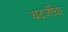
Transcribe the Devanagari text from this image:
चटर्जींचा